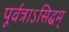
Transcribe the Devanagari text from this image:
पूर्वत्राऽसिद्धम्